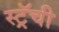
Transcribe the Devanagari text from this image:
स्ट्रॅची